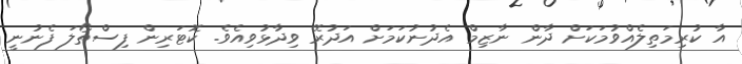
އާ ކުރިމަތިލެއްވުމަކަށް ދާން ނާޒިމް އެދުނުކަމަށް އަދުރޭ ވިދާޅުވިއެވެ. ކޮޓަރިން ފިސްތޯލަ ފެނުނީ